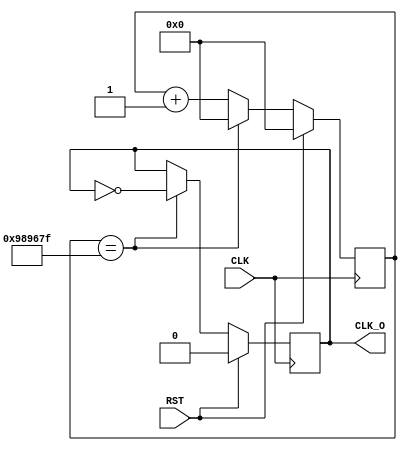
`timescale 1ns / 1ps
//////////////////////////////////////////////////////////////////////////////////
// Company:
// 
// Design Name: CLKDIV_5
// Module Name: CLKDIV_5
// Project Name: DigitalDesign_PmomJSTK
// Target Devices: Artix-7
// Tool Versions: Vivado 2018.3
// Description: generate 5HZ clock
// 
// Dependencies: 
// 
// Revision:
// Revision 0.01 - File Created
// Additional Comments:
// 
//////////////////////////////////////////////////////////////////////////////////


module CLKDIV_5(
    input CLK,   //100MHZ W5 PIN
    input RST,  //reset
    output reg CLK_O  //5HZ Clock output
    );
    parameter cnt_max=9999999;//value to toggle the clock output
    reg [23:0] cnt;//current count 
    
    always @ (posedge CLK)begin//operations about cnt
        if(RST) cnt<=0;
        else if (cnt==cnt_max) cnt<=24'b0;
        else cnt<=cnt+1'b1;
    end
    
    always @ (posedge CLK)begin//operations about CLK_O
        if(RST) CLK_O<=1'b0;
        else if (cnt==cnt_max) CLK_O<=~CLK_O;
        else CLK_O<=CLK_O;
    end
endmodule